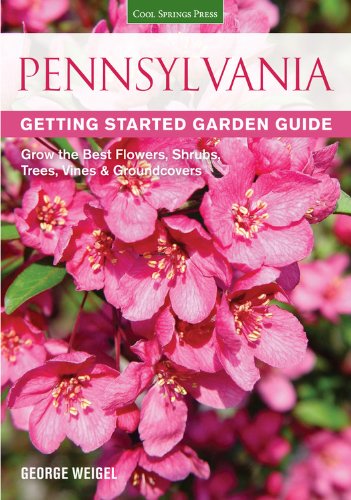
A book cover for Pennsylvania Getting Started Garden Guide: Grow the Best Flowers, Shrubs, Trees, Vines & Groundcovers (Garden Guides); George Weigel; Crafts, Hobbies & Home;